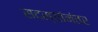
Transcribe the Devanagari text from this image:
सदस्यांनंतर